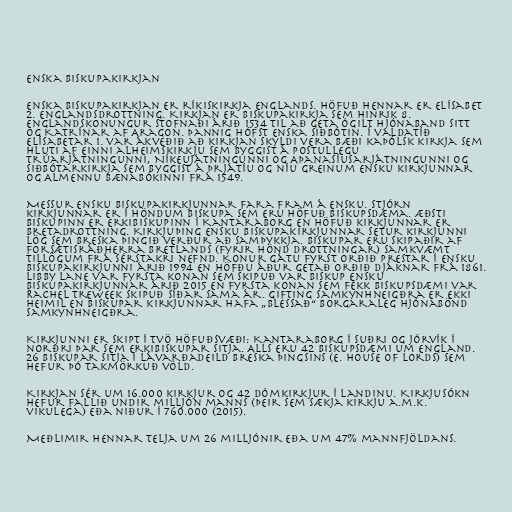
Enska biskupakirkjan

Enska biskupakirkjan er ríkiskirkja Englands. Höfuð hennar er Elísabet
2. Englandsdrottning. Kirkjan er biskupakirkja sem Hinrik 8.
Englandskonungur stofnaði árið 1534 til að geta ógilt hjónaband sitt
og Katrínar af Aragon. Þannig hófst Enska siðbótin. Í valdatíð
Elísabetar 1. var ákveðið að kirkjan skyldi vera bæði kaþólsk kirkja sem
hluti af einni alheimskirkju sem byggist á postullegu
trúarjátningunni, Níkeujátningunni og Aþanasíusarjátningunni og
siðbótarkirkja sem byggist á þrjátíu og níu greinum ensku kirkjunnar
og Almennu bænabókinni frá 1549.

Messur ensku biskupakirkjunnar fara fram á ensku. Stjórn
kirkjunnar er í höndum biskupa sem eru höfuð biskupsdæma. Æðsti
biskupinn er erkibiskupinn í Kantaraborg en höfuð kirkjunnar er
Bretadrottning. Kirkjuþing ensku biskupakirkjunnar setur kirkjunni
lög sem breska þingið verður að samþykkja. Biskupar eru skipaðir af
forsætisráðherra Bretlands (fyrir hönd drottningar) samkvæmt
tillögum frá sérstakri nefnd. Konur gátu fyrst orðið prestar í ensku
biskupakirkjunni árið 1994 en höfðu áður getað orðið djáknar frá 1861.
Libby Lane var fyrsta konan sem skipuð var biskup ensku
biskupakirkjunnar árið 2015 en fyrsta konan sem fékk biskupsdæmi var
Rachel Treweek skipuð síðar sama ár. Gifting samkynhneigðra er ekki
heimil en biskupar kirkjunnar hafa „blessað“ borgaraleg hjónabönd
samkynhneigðra.

Kirkjunni er skipt í tvö höfuðsvæði: Kantaraborg í suðri og Jórvík í
norðri þar sem erkibiskupar sitja. Alls eru 42 biskupsdæmi um England.
26 biskupar sitja í lávarðadeild breska þingsins (e. House of Lords) sem
hefur þó takmörkuð völd.

Kirkjan sér um 16.000 kirkjur og 42 dómkirkjur í landinu. Kirkjusókn
hefur fallið undir milljón manns (þeir sem sækja kirkju a.m.k.
vikulega) eða niður í 760.000 (2015).

Meðlimir hennar telja um 26 milljónir eða um 47% mannfjöldans.